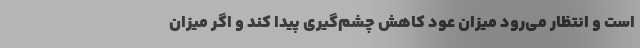
است و انتظار می‌رود میزان عود کاهش چشم‌گیری پیدا کند و اگر میزان